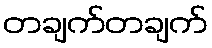
တချက်တချက်